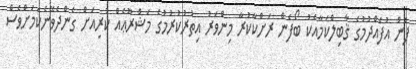
ފެން އުފެއްދުމުގެ ޤާބިލްކަމާއެކު ބޯފެން ރަށްކާކުރާ މިންވަރު އިތުރުކުރުމުގެ މަޝްރޫޢެއް ކުރިއަށް ގެންދެވޭނެކަމަށްވެސް